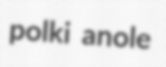
polki anole